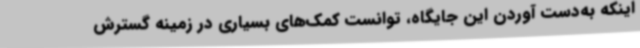
اینکه به‌دست آوردن این جایگاه، توانست کمک‌های بسیاری در زمینه گسترش